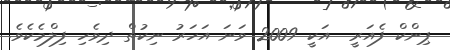
ޕިންކް ފެއަރީ  އަކީ 2009 ވަނަ އަހަރު ނިކުތް ދިވެހި ފިލްމެކެވެ.